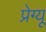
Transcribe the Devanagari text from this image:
प्रेग्यू